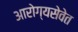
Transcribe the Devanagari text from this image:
आरोग्यसेवेत